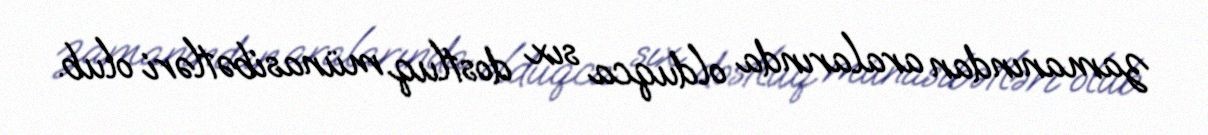
zamanından aralarında olduqca sıx dostluq münasibətləri olub.